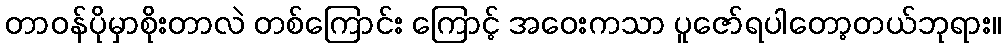
တာဝန်ပိုမှာစိုးတာလဲ တစ်ကြောင်း ကြောင့် အဝေးကသာ ပူဇော်ရပါတော့တယ်ဘုရား။